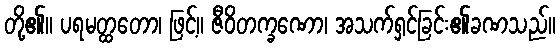
တို့၏။ ပရမတ္ထတော၊ ဖြင့်။ ဇီဝိတက္ခဏော၊ အသက်ရှင်ခြင်း၏ခဏသည်။